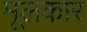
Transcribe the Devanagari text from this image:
मूलकार